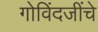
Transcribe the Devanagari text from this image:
गोविंदजींचे